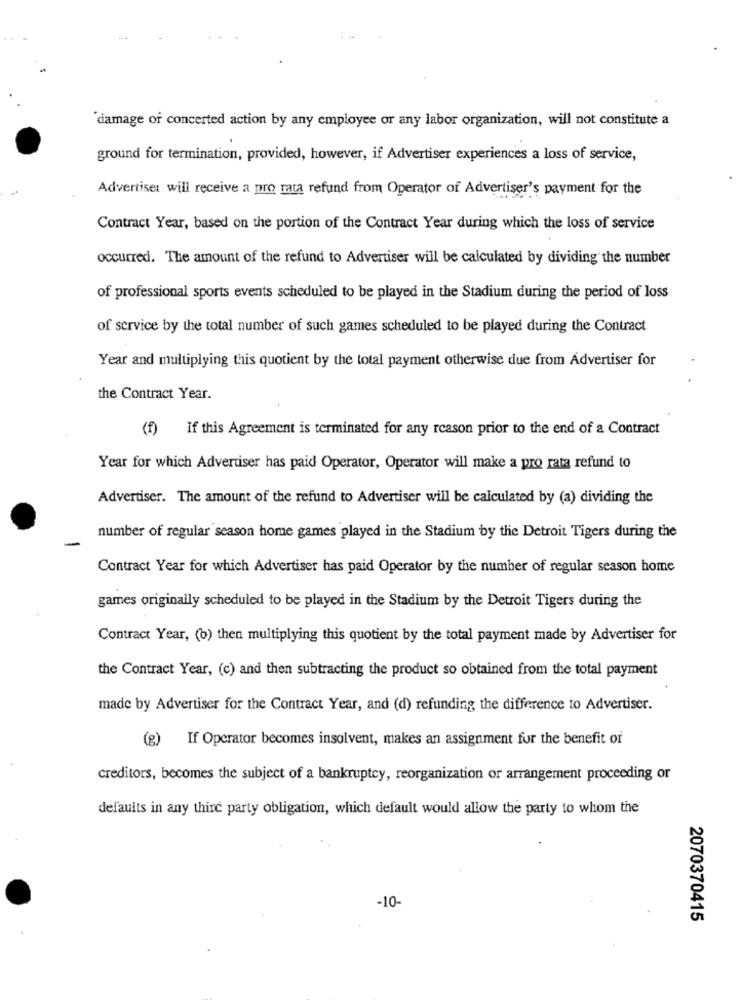
"damage or concerted action by any employee or any labor organization, will not constitute a
ground for termination, provided, however, if Advertiser experiences a loss of service,
Advertiser will receive a pro rata refund from Operator of Advertiser's payment for the
Contract Year, based on the portion of the Contract Year during which the loss of service
occurred. The amount of the refund to Advertiser will be calculated by dividing the number
of professional sports events scheduled to be played in the Stadium during the period of loss
of service by the total number of such games scheduled to be played during the Contract
Year and multiplying this quotient by the total payment otherwise due from Advertiser for
the Contract Year.
(f) If this Agreement is terminated for any reason prior to the end of a Contract
Year for which Advertiser has paid Operator, Operator will make a pro rata refund to
Advertiser. The amount of the refund to Advertiser will be calculated by (a) dividing the
-
number of regular season home games played in the Stadium by the Detroit Tigers during the
Contract Year for which Advertiser has paid Operator by the number of regular season home
games originally scheduled to be played in the Stadium by the Detroit Tigers during the
Contract Year, (o) then multiplying this quotient by the total payment made by Advertiser for
the Contract Year, (c) and then subtracting the product so obtained from the total payment
made by Advertiser for the Contract Year, and (d) refunding the difference to Advertiser.
(g) If Operator becomes insolvent, makes an assignment for the benefit or
creditors, becomes the subject of a bankruptcy, reorganization or arrangement proceeding or
defaults in any third party obligation, which default would allow the party to whom the
-10-
2070370415